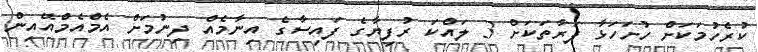
ކުރެހުމަކަށް ހުށަހަޅާ ފަރާތަކަށް 3 ލައްކަ ރުފިޔާގެ ފައިސާގެ އިނާމެއް ދިނުމަށް އެމްއެމްއޭއިން